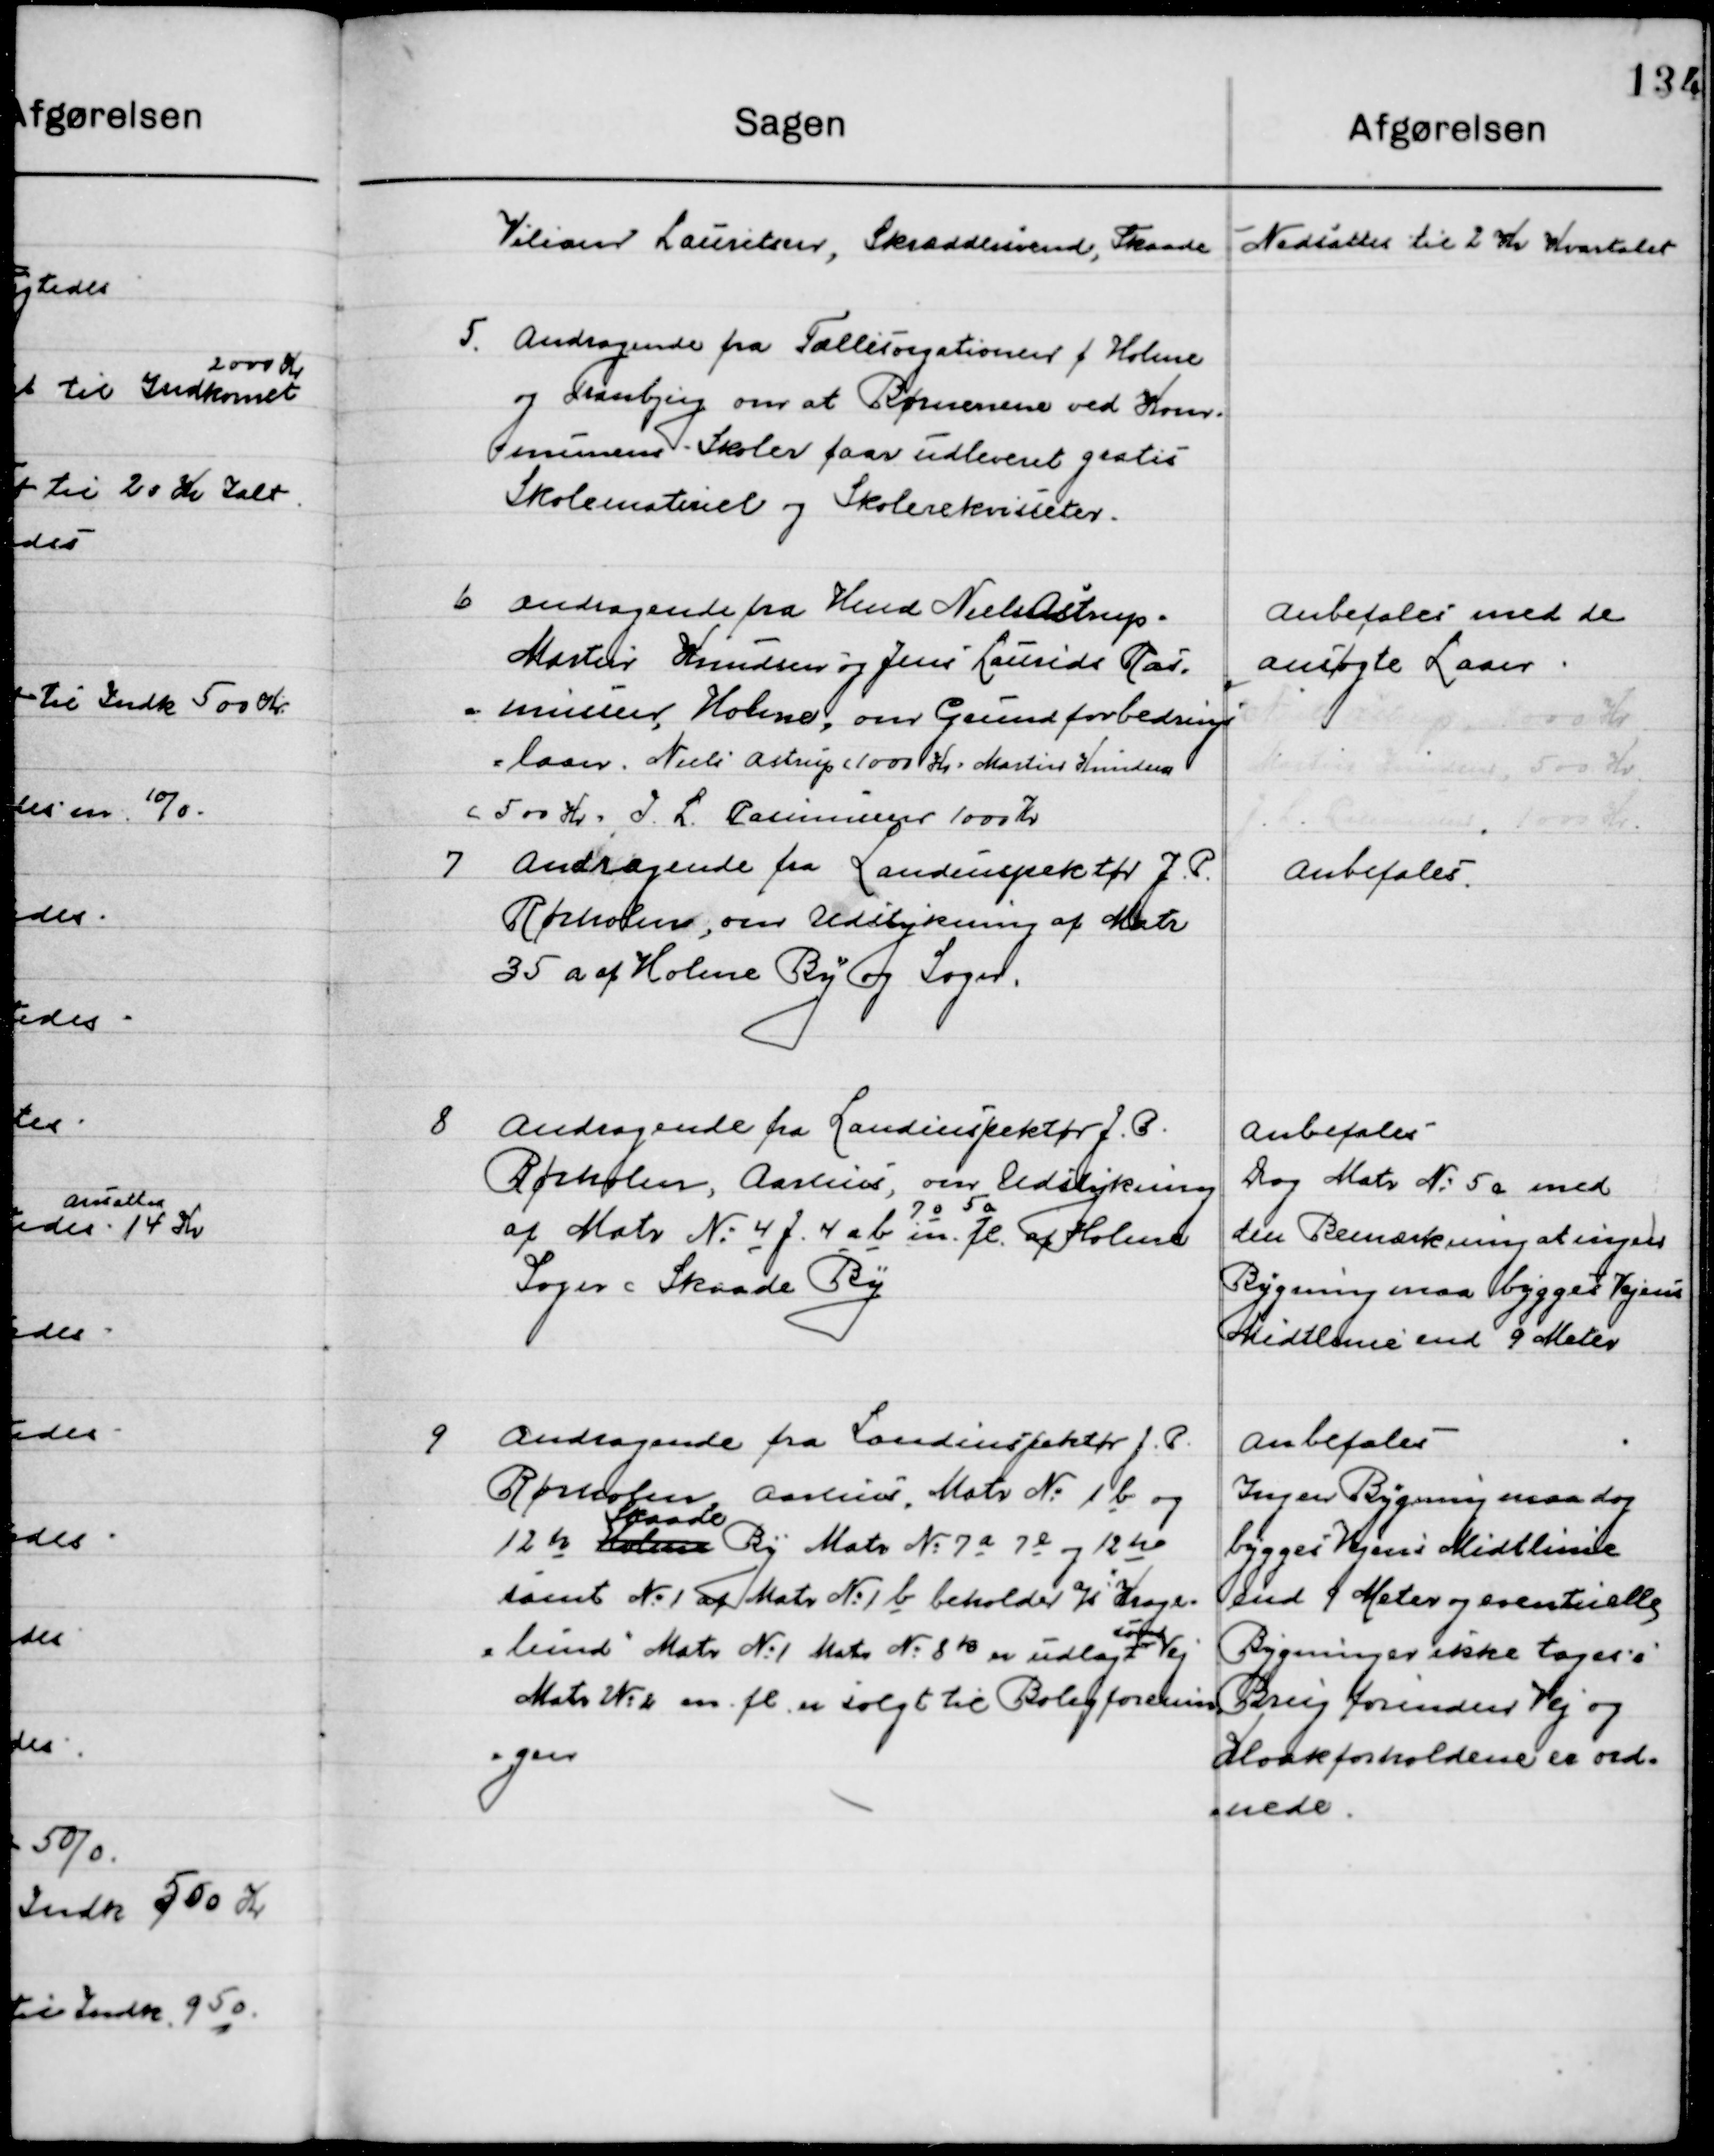
Transskription:
Villiam Lauritsen, Skræddersvend, Skaade

Nedsattes til 2 Kr. Kvartalet

5

Andragende fra Fælles organisationer f. Holme
og Trabjerg om at Børnene ved Kom-
munens Skoler faar udleveret gratis 
Skolemateriel og Skolerekvisitter.

6

Andragende fra Knud Nilsen Aistrup
Martin Knudsen og Jens Laurids Ras-
mussen, Holme, over Grudforbedrings-
laan. Niels Astrup c 1000 Kr. Martin Knudsen 
500 Kr. J. L. Rasmussen 1000 Kr.

Anbefales med de
Ansøgte Laan

7

Andragende fra Landinspektør J. P. 
Rørholm, Aarhus om Udstykning af Matr. No.
35 a af Holme By og Sogn.

Anbefales

8

Andragende fra Landinspektør J. P. 
Rørholm, Aarhus, om Udstykning
af Matr. No. 4 j, 4 a b 7 o 5 a m. fl. Af Holme
Sogn Skaade By

Anbefales
Dog Matr. No. 5 a med
den Bemærkning at inden
Bygningen maa bygges Vejens  
Midtlinie end 9 Meter

9

Andragende fra Landinspektør J. P. 
Rørholm, Aarhus Matr. No. 1 b og
12 h Holme  
Skaade
By Matr. No. 7 a 7e og 12 h
samt No. 1 af Matr. No. 1 b beholder H. "Krogs-
lund" Matr. No. 1 Matr. No. 8 re er udlagt 
som
Vej
Matr. No. 2 m. fl. er solgt til boligforenin-
gen

Anbefales
Ingen Bygning maa dog
Bygges Vejens Midtlinie
en 9 Meter og eventuelle
Bygningen ikke tages i 
Brug forinden Vej og 
Kloakforholdene er ord-
nede.